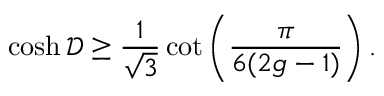
\cosh \mathscr { D } \geq \frac { 1 } { \sqrt { 3 } } \cot \left( \frac { \pi } { 6 ( 2 g - 1 ) } \right) .